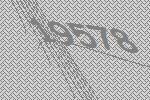
19578